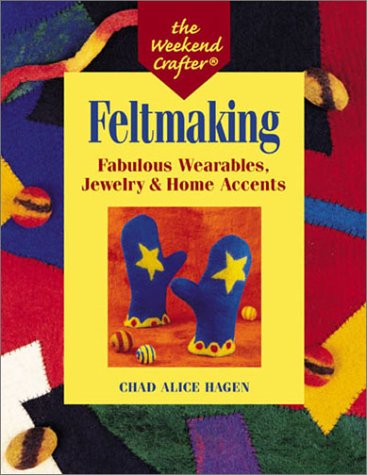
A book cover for The Weekend Crafter: Feltmaking: Fabulous Wearables, Jewelry & Home Accents; Chad Alice Hagen; Crafts, Hobbies & Home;